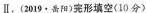
Ⅱ.(2019·岳阳)完形填空(10分)